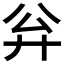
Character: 𪪳